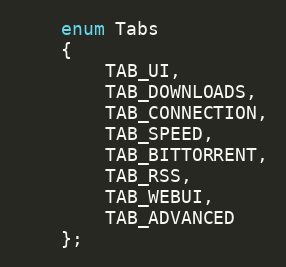
Language: C
    enum Tabs
    {
        TAB_UI,
        TAB_DOWNLOADS,
        TAB_CONNECTION,
        TAB_SPEED,
        TAB_BITTORRENT,
        TAB_RSS,
        TAB_WEBUI,
        TAB_ADVANCED
    };